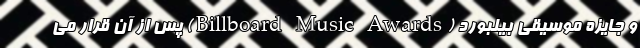
و جایزه موسیقی بیلبورد (Billboard Music Awards) پس از آن قرار می‌